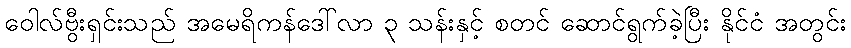
ဝေါလ်ဗွီးရှင်းသည် အမေရိကန်ဒေါ်လာ ၃ သန်းနှင့် စတင် ဆောင်ရွက်ခဲ့ပြီး နိုင်ငံ အတွင်း